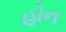
હોન